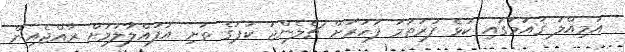
އަމިއްލަ ޤައުމުގައި ކުޅެ ފުރަތަމަ ފަހަރަށް ޗެލެންޖު ކަޕުގެ ތަށި އުފުއްލާލުމަށް ރާއްޖެއިން